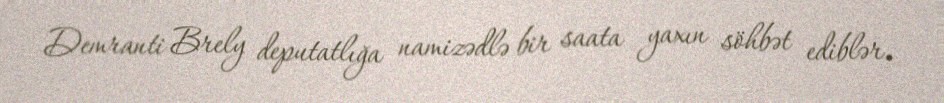
Demranti Brely deputatlığa namizədlə bir saata yaxın söhbət ediblər.